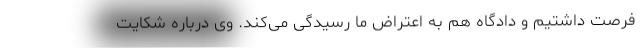
فرصت داشتیم و دادگاه هم به اعتراض ما رسیدگی می‌کند. وی درباره شکایت